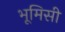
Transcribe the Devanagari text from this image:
भूमिसी